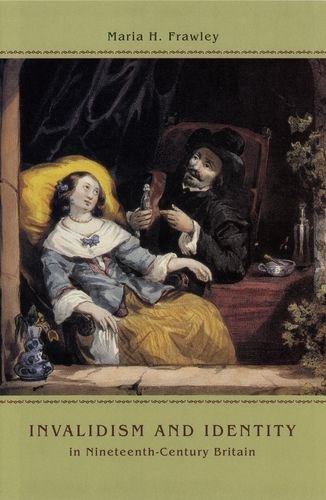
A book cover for Invalidism and Identity in Nineteenth-Century Britain; Maria H. Frawley; Parenting & Relationships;